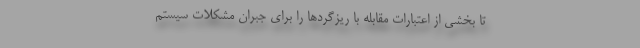
تا بخشي از اعتبارات مقابله با ريزگردها را براي جبران مشكلات سيستم